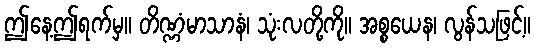
ဤနေ့ဤရက်မှ။ တိဏ္ဏံမာသာနံ၊ သုံးလတို့ကို။ အစ္စယေန၊ လွန်သဖြင့်။